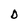
Character: D